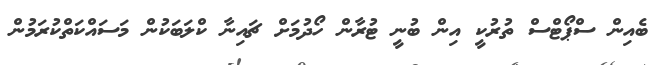
ބެއިން ސްޕޯޓްސް ތުރުކީ އިން ބުނީ ޓުރާން ހޯދުމަށް ޗައިނާ ކްލަބަކުން މަސައްކަތްކުރަމުން